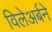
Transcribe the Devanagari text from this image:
विलेअर्बने